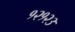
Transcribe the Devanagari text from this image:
१२१२३